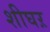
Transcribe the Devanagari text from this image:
शीघऱ